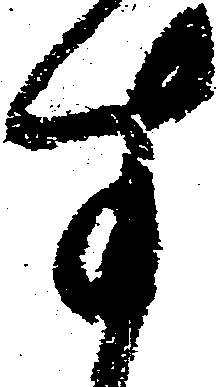
す